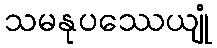
သမနုပဿေယျုံ